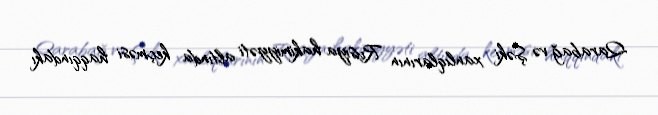
Qarabağ və Şəki xanlıqlarının Rusiya hakimiyyəti altında keçməsi haqqındakı